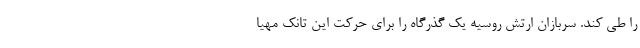
را طی کند. سربازان ارتش روسیه یک گذرگاه را برای حرکت این تانک مهیا